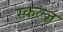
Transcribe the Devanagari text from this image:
स्कल्ज़